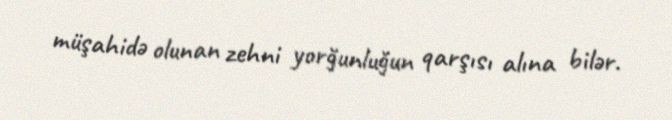
müşahidə olunan zehni yorğunluğun qarşısı alına bilər.